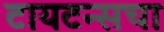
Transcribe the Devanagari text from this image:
टायटन्सचा